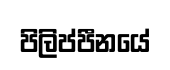
පිලිප්පීනයේ